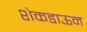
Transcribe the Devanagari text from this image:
शेकडाऊन